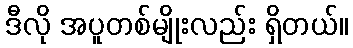
ဒီလို အပူတစ်မျိုးလည်း ရှိတယ်။